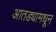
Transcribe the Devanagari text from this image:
आतड्यामधून